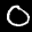
Label: 0